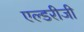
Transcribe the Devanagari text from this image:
एल्डरीजी